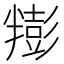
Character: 𰅿